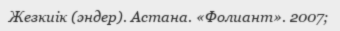
Жезкиік (әндер). Астана. «Фолиант». 2007;